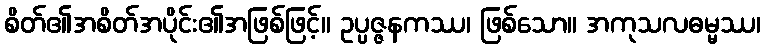
စိတ်၏အစိတ်အပိုင်း၏အဖြစ်ဖြင့်။ ဥပ္ပဇ္ဇနကဿ၊ ဖြစ်သော။ အကုသလဓမ္မဿ၊